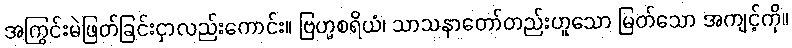
အကြွင်းမဲဖြတ်ခြင်းငှာလည်းကောင်း။ ဗြဟ္မစရိယံ၊ သာသနာတော်တည်းဟူသော မြတ်သော အကျင့်ကို။